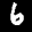
Label: 6